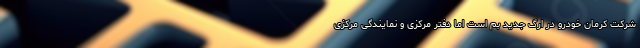
شرکت کرمان خودرو در ارگ جدید بم است اما دفتر مرکزی و نمایندگی مرکزی